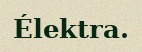
Élektra.